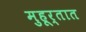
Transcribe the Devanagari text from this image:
मुहूर्तात